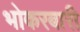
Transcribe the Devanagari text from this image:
भोकरबारी